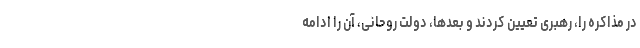
در مذاکره را، رهبری تعیین کردند و بعدها، دولت روحانی، آن را ادامه